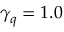
\gamma _ { q } = 1 . 0